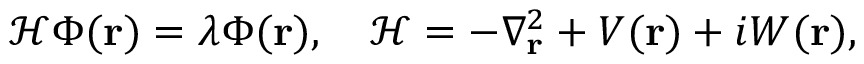
\mathcal { H } \Phi ( \mathbf { r } ) = \lambda \Phi ( \mathbf { r } ) , \quad \mathcal { H } = - \nabla _ { \mathbf { r } } ^ { 2 } + V ( \mathbf { r } ) + i W ( \mathbf { r } ) , \quad